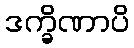
ဒက္ခိဏာပိ